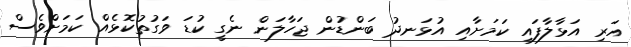
އަރި އަޅާލާފައި ކަމަށާއި އުޅަނދު ބަންޑުން ޖަހާލަން ނެގީ ކުޑަ ވަގުތުކޮޅެއް ކަމަށްވެސް